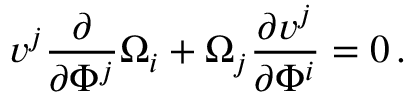
v ^ { j } \frac { \partial } { \partial \Phi ^ { j } } \Omega _ { i } + \Omega _ { j } \frac { \partial v ^ { j } } { \partial \Phi ^ { i } } = 0 \, .